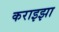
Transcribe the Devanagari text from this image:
कराइझा